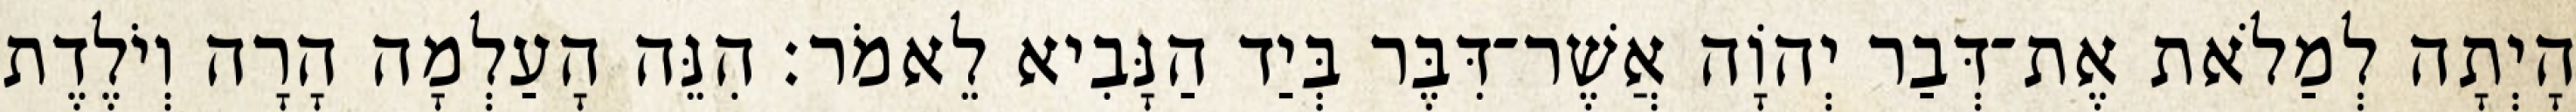
הָיְתָה לְמַלֹאת אֶת־דְּבַר יְהוָֹה אֲשֶׁר־דִּבֶּר בְּיַד הַנָּבִיא לֵאמֹר׃ הִנֵּה הָעַלְמָה הָרָה וְיֹלֶדֶת